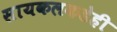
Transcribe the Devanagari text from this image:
सायकलकडेही